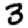
Digit: 3